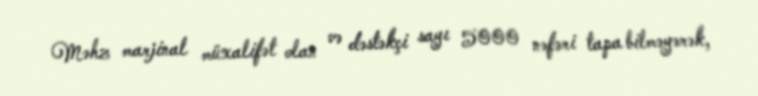
Məhz marjinal müxalifət olan və dəstəkçi sayı 5000 nəfəri tapa bilməyərək,